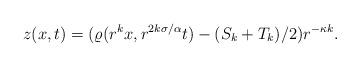
LaTeX: \begin{align*} z(x,t) = (\varrho(r^k x,r^{2k\sigma /\alpha}t) -(S_k+T_k)/2)r^{-\kappa k}. \end{align*}